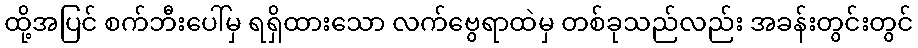
ထို့အပြင် စက်ဘီးပေါ်မှ ရရှိထားသော လက်ဗွေရာထဲမှ တစ်ခုသည်လည်း အခန်းတွင်းတွင်